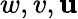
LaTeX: w,v,\mathbf{u}